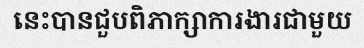
នេះបានជួបពិភាក្សាការងារជាមួយ